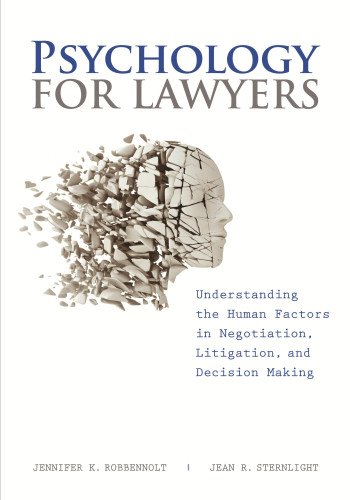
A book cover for Psychology for Lawyers: Understanding the Human Factors in Negotiation, Litigation and Decision Making; Jennifer K. Robbennolt; Law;